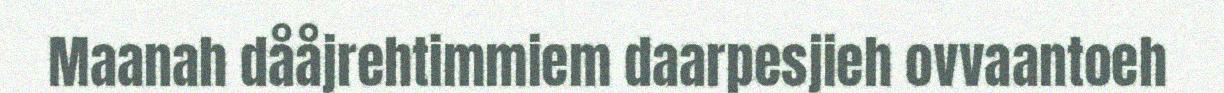
Maanah dååjrehtimmiem daarpesjieh ovvaantoeh